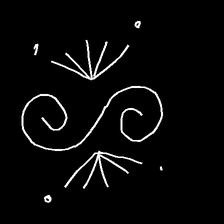
Glyph: aeroform